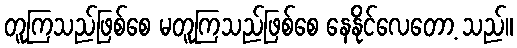
တူကြသည်ဖြစ်စေ မတူကြသည်ဖြစ်စေ နေနိုင်လေတော့ သည်။